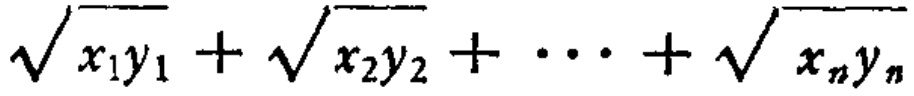
\(\sqrt{x_{1}y_{1}}+\sqrt{x_{2}y_{2}}+\cdots+\sqrt{x_{n}y_{n}}\)